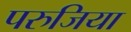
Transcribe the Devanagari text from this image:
परुजिया